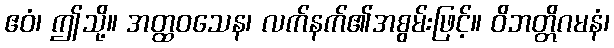
ဧဝံ၊ ဤသို့။ အတ္ထဝသေန၊ လက်နက်၏အစွမ်းဖြင့်။ ဝိဘတ္တိဂမနံ၊